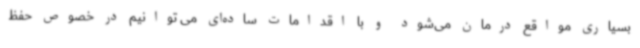
بسیاری مواقع درمان می‌شود و با اقدامات ساده‌ای می توانیم در خصوص حفظ